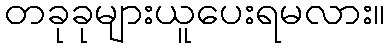
တခုခုများယူပေးရမလား။